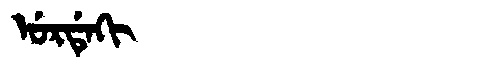
Manchu: ᡠᡵᡩᡝᡴᡳ
Romanization: URDEKI